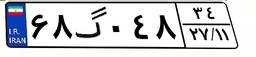
۶۸گ۰۴۸۳۴